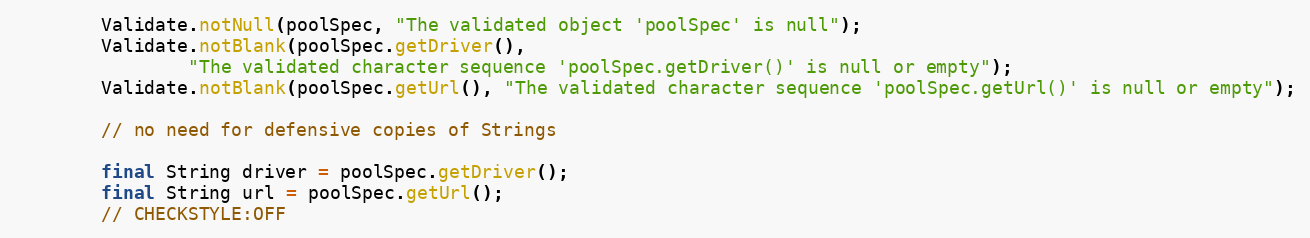
Language: Java
        Validate.notNull(poolSpec, "The validated object 'poolSpec' is null");
        Validate.notBlank(poolSpec.getDriver(),
                "The validated character sequence 'poolSpec.getDriver()' is null or empty");
        Validate.notBlank(poolSpec.getUrl(), "The validated character sequence 'poolSpec.getUrl()' is null or empty");

        // no need for defensive copies of Strings

        final String driver = poolSpec.getDriver();
        final String url = poolSpec.getUrl();
        // CHECKSTYLE:OFF